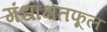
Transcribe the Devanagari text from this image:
गंधाक्षतफूल